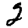
Digit: 2